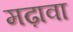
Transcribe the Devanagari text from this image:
मढ़ावा